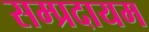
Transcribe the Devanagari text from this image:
सम्प्रदायम